Medical and sanitary report of the native army of Madras for the year
Year: 1875
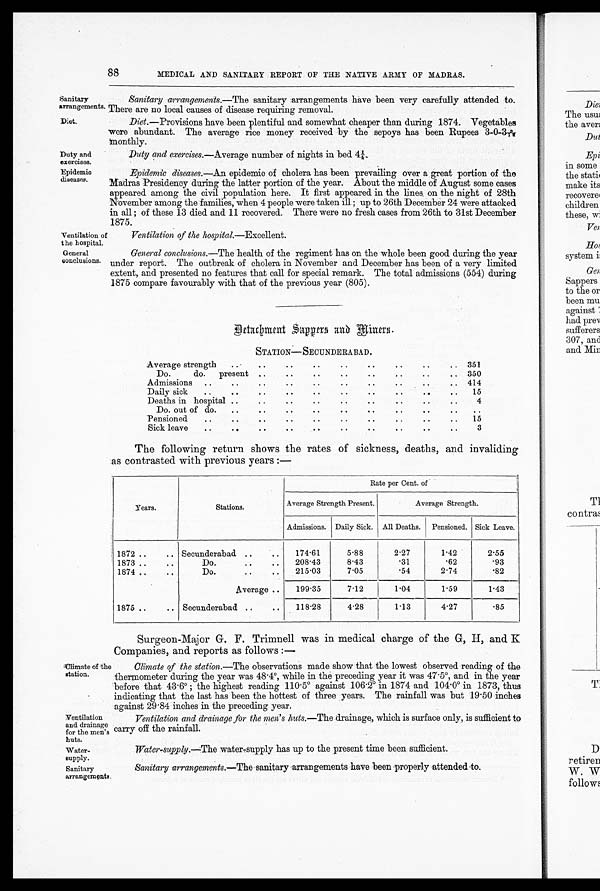
Sanitary
arrangement
Diet.
Duty and
exercises.
Epidemio
diseases.
Ventilation
the hospital.
General
couclusions.
Ventilation
and drainage
for the men's
huts.
ater-
supply.
88
MEDICAL AND SANITARY REPORT OF THE NATIVE ARMY OF MADRAS.
Sanitary arrangements.—The sanitary arrangements have been very carefully attended to.
There are no local causes of disease requiring removal.
Diet.—Provisions have been plentiful and somewhat cheaper than during 1874. Vegetables
were abundant. The average rice money received by the sepoys has been Rupees 3-0-3-A
monthly.
Duty and exereises.—Average number of nights in bed. 4¼.
Epidemic diseases.—An epidemic of cholera has been prevailing over a great portion of the
Madras Presidency during the latter portion of the year. About the middle of August some cases
appeared among the civil population here. It first appeared in the lines on the night of 28th
November among the families, when 4 people were taken ill ; up to 26th December 24 were attacked
in all ; of these 13 died and 11 recovered. There were no fresh cases from 26th to 31st December
1875
Ventilation of the hospital.—Excellent.
General conclusions.—The health of the regiment has on the whole been good during the year
under report. The outbreak of cholera in November and December has been of a very limited
extent, and presented no features that call for special remark. The total admissions (554) during
1875 compare favourably with that of the previous year (805).
Climate of the
station.
Detachment Sappers and Miners.
STATION—SECUNDERABAD.
Average strength
.. . . . .. ..
351
..
. .
. .
. . . .
Do.
do.present ..
..
.. 350
Admissions
....
.. 414
Daily sick
. . .. . . .. .. ..
..
15
Deaths in hospital ..
.. ..
4
Do. out of do.
..
..
.
Pensioned..... ..
.
15
Sick leave
..
..
..
..
.. ..
..
.
. . . . .
3
The following return shows the rates of sickness, deaths, and invaliding
as contrasted with previous years :—
Years.
Stations .
Rate per Cent. of
Average Strength Present.
Average Strength.
Admissions. Daily Sick. All Deaths. Pensioned. Sick Leave.
1872 ..
.. Secunderabad ..
..
174 . 61
5 . 8 8
2.27
1.42
2.55
1873 ..
. .
Do.
.
. . .
208 . 43
8.43
.31
.62
. 9 3
1874
. .
. .
Do.
. .
. .
215 . 03
7.05
.54
2.74
.82
Average ..
199 . 35
7.12
1.04
1.59
1.43
1875 ..
.. Secunderabad ..
. .
118 . 28
4.28
1.13
4.27
.85
Surgeon-Major G. F. Trimnell was in medical charge of the G, H, and K
Companies, and reports as follows :—
Climate of the station.—The observations made show that the lowest observed reading of the
thermometer during the year was 48 . 4°, while in the preceding year it was 47 . 5°, and in the year
before that 43 . 6° ; the highest reading 110 . 5° against 106 . 2° in 1874 and 104 . 0° in 1873, thus
indicating that the last has been the hottest of three years. The rainfall was but 19-50 inches
against 29 . 84 inches in the preceding year.
Ventilation and drainage for the men's huts.—The drainage, which is surface only, is sufficient to
carry off the rainfall.
Water–supply.—The water-supply has up to the present time been sufficient
Sanitary
arrangements.
Sanitary arrangements.—The sanitary -arrangements have been properly attended -to.